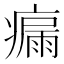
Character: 瘺